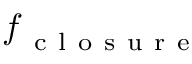
\boldsymbol { f } _ { \mathrm { ~ c ~ l ~ o ~ s ~ u ~ r ~ e ~ } }